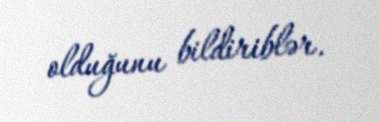
olduğunu bildiriblər.